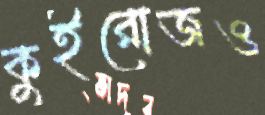
কুইরোজও